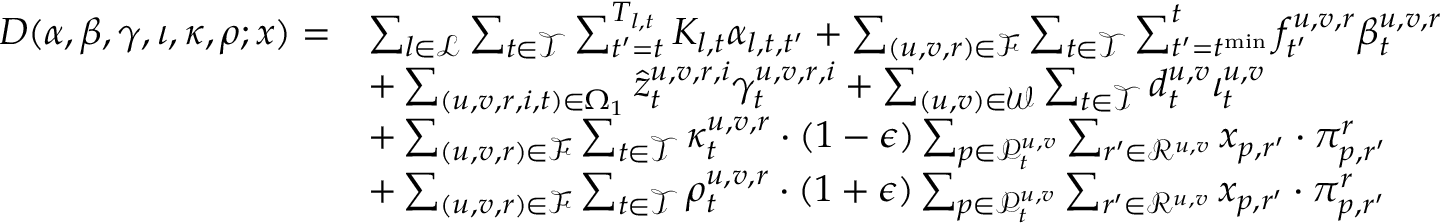
\begin{array} { r l } { D ( \boldsymbol { \alpha } , \boldsymbol { \beta } , \boldsymbol { \gamma } , \boldsymbol { \iota } , \boldsymbol { \kappa } , \boldsymbol { \rho } ; \boldsymbol { x } ) = } & { \sum _ { l \in \mathcal { L } } \sum _ { t \in \mathcal { T } } \sum _ { t ^ { \prime } = t } ^ { T _ { l , t } } K _ { l , t } \alpha _ { l , t , t ^ { \prime } } + \sum _ { ( u , v , r ) \in \mathcal { F } } \sum _ { t \in \mathcal { T } } \sum _ { t ^ { \prime } = t ^ { \mathrm { m i n } } } ^ { t } f _ { t ^ { \prime } } ^ { u , v , r } \beta _ { t } ^ { u , v , r } } \\ & { + \sum _ { ( u , v , r , i , t ) \in \Omega _ { 1 } } \hat { z } _ { t } ^ { u , v , r , i } \gamma _ { t } ^ { u , v , r , i } + \sum _ { ( u , v ) \in \mathcal { W } } \sum _ { t \in \mathcal { T } } d _ { t } ^ { u , v } \iota _ { t } ^ { u , v } } \\ & { + \sum _ { ( u , v , r ) \in \mathcal { F } } \sum _ { t \in \mathcal { T } } \kappa _ { t } ^ { u , v , r } \cdot ( 1 - \epsilon ) \sum _ { p \in \mathcal { P } _ { t } ^ { u , v } } \sum _ { r ^ { \prime } \in \mathcal { R } ^ { u , v } } x _ { p , r ^ { \prime } } \cdot \pi _ { p , r ^ { \prime } } ^ { r } } \\ & { + \sum _ { ( u , v , r ) \in \mathcal { F } } \sum _ { t \in \mathcal { T } } \rho _ { t } ^ { u , v , r } \cdot ( 1 + \epsilon ) \sum _ { p \in \mathcal { P } _ { t } ^ { u , v } } \sum _ { r ^ { \prime } \in \mathcal { R } ^ { u , v } } x _ { p , r ^ { \prime } } \cdot \pi _ { p , r ^ { \prime } } ^ { r } } \end{array}